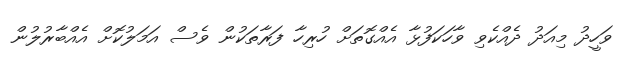
ވަހީދު މިއަދު ދެއްކެވި ވާހަކަފުޅާ އެއްގޮތަށް ހުރިހާ ފަރާތަކުން ވެސް އަމަލުކޮށް އެއްބާރުލުން